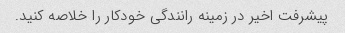
پیشرفت اخیر در زمینه رانندگی خودکار را خلاصه کنید.